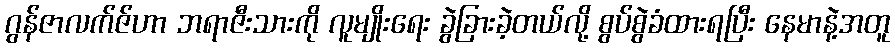
ဂွန်ဇာလက်ဇ်ဟာ ဘရာဇီးသားကို လူမျိုးရေး ခွဲခြားခဲ့တယ်လို့ စွပ်စွဲခံထားရပြီး နေမာနဲ့အတူ